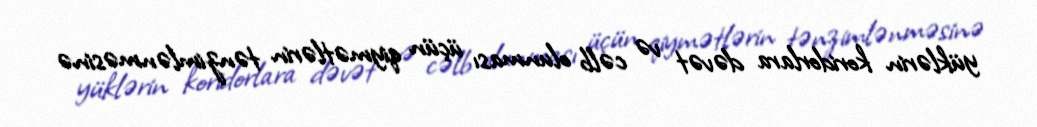
yüklərin koridorlara dəvət və cəlb olunması üçün qiymətlərin tənzimlənməsinə